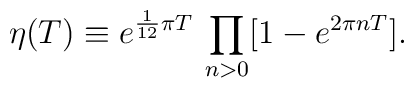
\eta(T) \equiv e^{\frac{1}{12} \pi T} \, \prod_{n>0} [1-e^{2 \pi n T}].